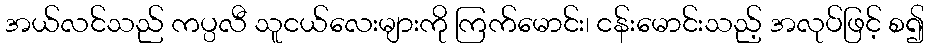
အယ်လင်သည် ကပ္ပလီ သူငယ်လေးများကို ကြက်မောင်း၊ ငန်းမောင်းသည့် အလုပ်ဖြင့် စ၍